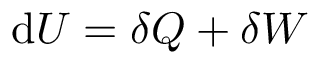
\mathrm { d } U = \delta Q + \delta W